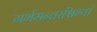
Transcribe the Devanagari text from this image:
गर्भमन्तरश्विभ्यां